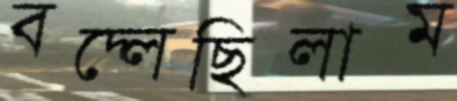
বদ্‌লেছিলাম